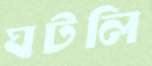
ঘটলি